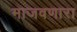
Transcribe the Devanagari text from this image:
माजवणारा